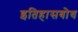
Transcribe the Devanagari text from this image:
इतिहासबोध